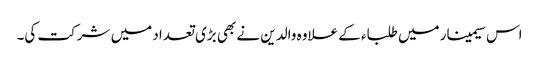
اس سیمینار میں طلباء کے علاوہ والدین نے بھی بڑی تعداد میں شرکت کی۔